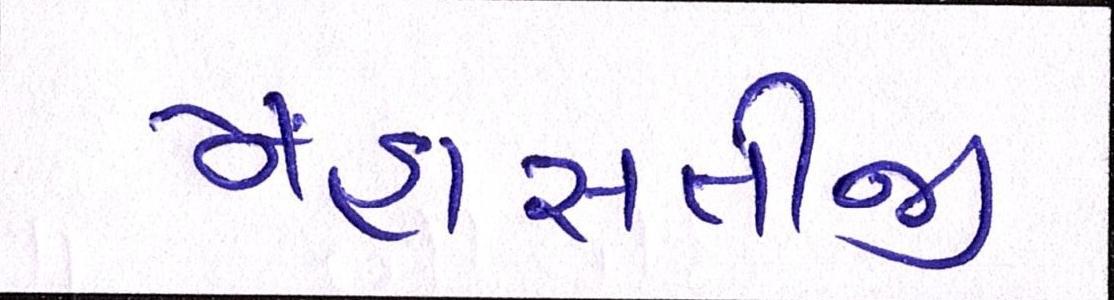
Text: મહાસતીજી